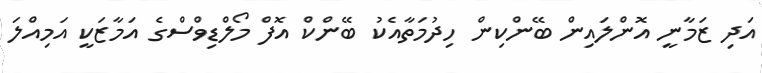
އަދި ޒަމާނީ އޮންލައިން ބޭންކިން ހިދުމަތާއެކު ބޭންކް އޮފް މޯލްޑިވްސްގެ އަމާޒަކީ އަމިއްލަ